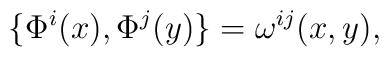
\{ \Phi^i(x), \Phi^j(y) \} = \omega^{ij}(x,y),